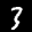
Label: 3